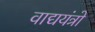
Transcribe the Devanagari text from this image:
वाद्ययंत्रो